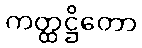
ကတ္ထဋ္ဌိတော